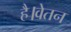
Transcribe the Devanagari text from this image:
है।वेतन